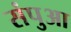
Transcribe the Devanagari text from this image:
संपुआ